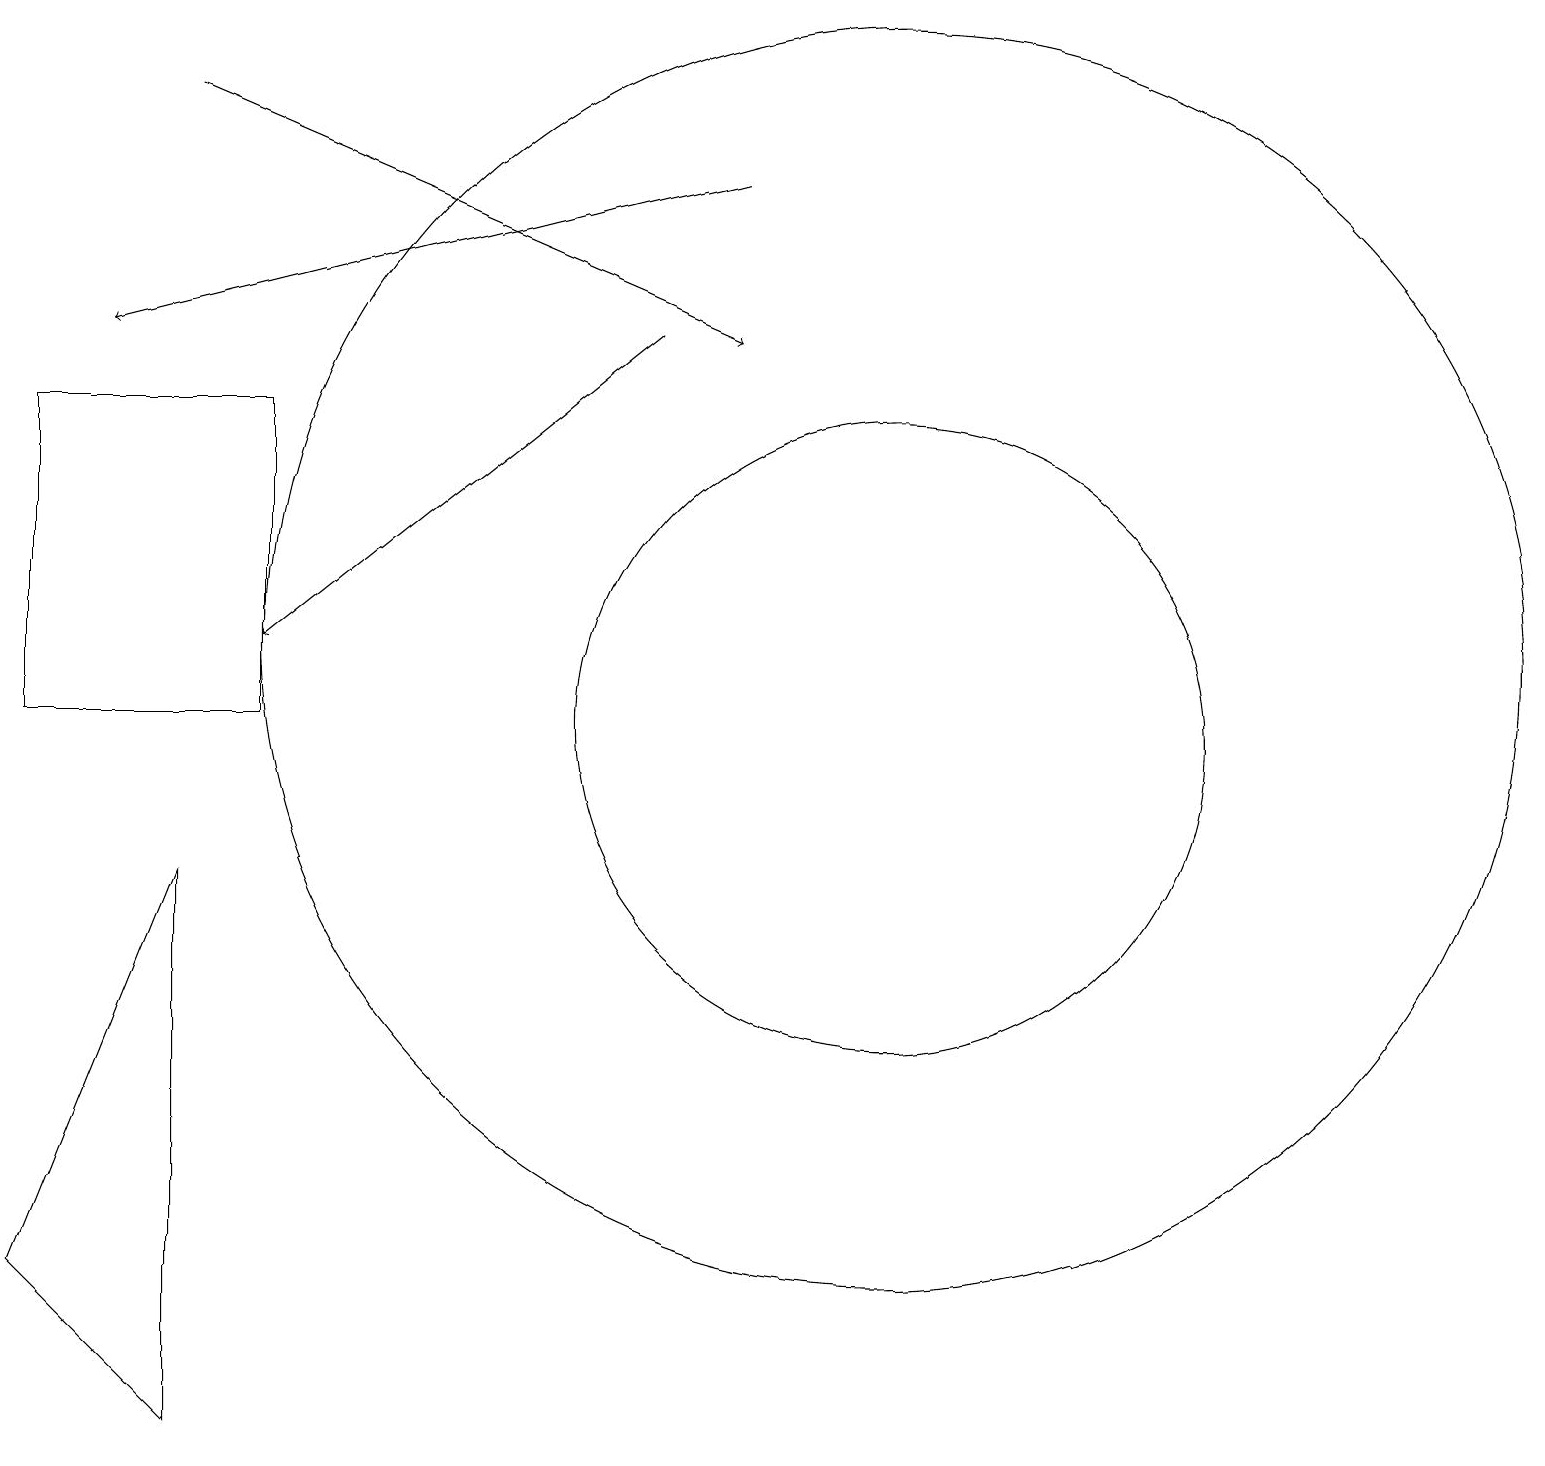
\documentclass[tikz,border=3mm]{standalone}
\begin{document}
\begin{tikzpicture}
\draw (11,11) circle (8);
\draw (11,10) circle (4);
\draw (2,1) -- (0,3) -- (2,8) -- cycle;
\draw[->] (9,17) -- (1,15);
\draw[->] (8,15) -- (3,11);
\draw[->] (2,18) -- (9,15);
\draw (3,10) rectangle (0,14);
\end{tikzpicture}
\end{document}